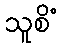
သူစိံ